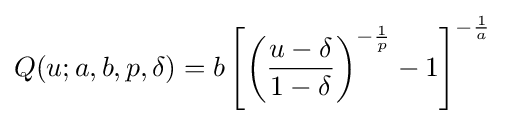
Q(u;a,b,p,\delta )=b\left[\left({\frac {u-\delta }{1-\delta }}\right)^{-{\frac {1}{p}}}-1\right]^{-{\frac {1}{a}}}